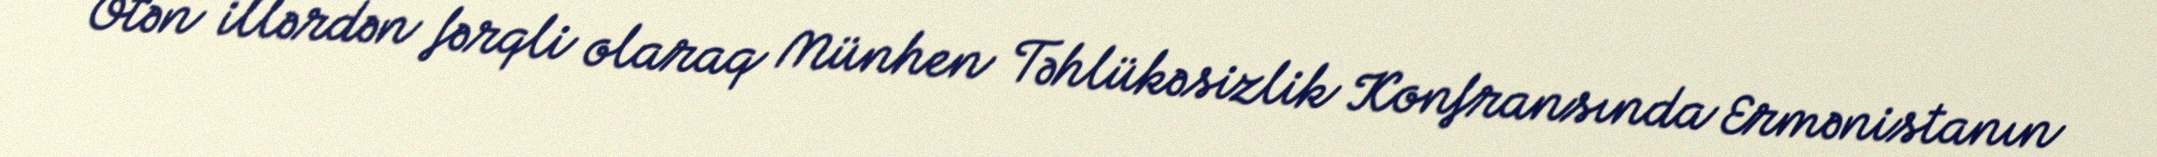
Ötən illərdən fərqli olaraq Münhen Təhlükəsizlik Konfransında Ermənistanın